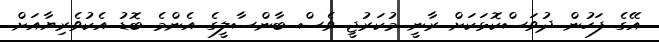
އޭގެ ފަހުން ދުވަސްކޮޅަކަށް ރާނީ މުކަރުޖީ ވެސް ބާންސާލީގެ އެންމެ ބޮޑު އެކުވެރިޔާއަށް